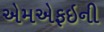
એમએફઇની